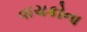
વાચકોના